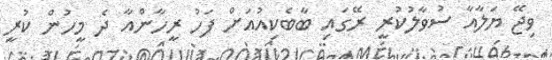
ވިޖޭ ޔަލާއާ ސުވާލުކުރީ ރޭގައި ބާބެކިއުއަށް ފަހު ރީހާންއާ ދެ މީހުން ކުރީ